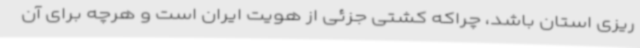
ریزی استان باشد، چراکه کشتی جزئی از هویت ایران است و هرچه برای آن